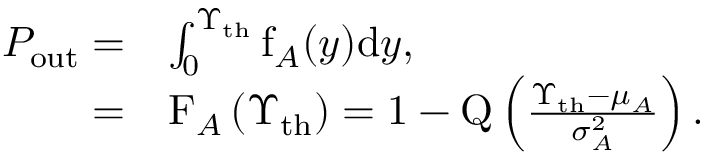
\begin{array} { r l } { P _ { \mathrm { o u t } } = } & { \int _ { 0 } ^ { \Upsilon _ { \mathrm { t h } } } \mathrm { f } _ { A } ( y ) \mathrm { d } y , } \\ { = } & { \mathrm { F } _ { A } \left( \Upsilon _ { \mathrm { t h } } \right) = 1 - \mathrm { Q } \left( \frac { \Upsilon _ { \mathrm { t h } } - \mu _ { A } } { \sigma _ { A } ^ { 2 } } \right) . } \end{array}